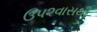
ઉ૫૨વાસથી